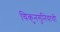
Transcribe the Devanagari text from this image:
चिकुनगुनियाची